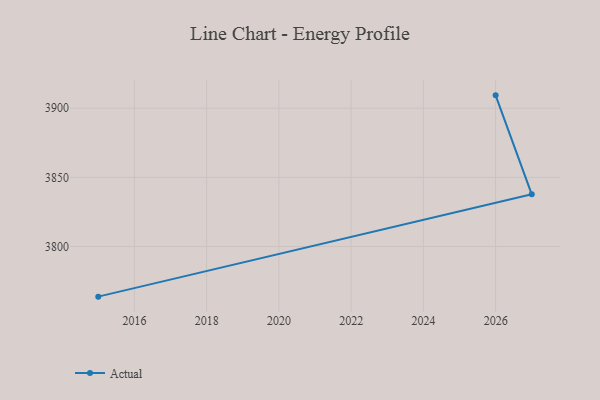
{"axis": {"x": "Year", "y": "Bounce Rate (%)"}, "legend": ["Actual"], "data": [{"x": "2026", "y": 3909.3, "type": "Actual"}, {"x": "2027", "y": 3837.7, "type": "Actual"}, {"x": "2015", "y": 3763.7, "type": "Actual"}]}